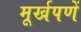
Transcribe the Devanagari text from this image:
मूर्खपणें